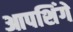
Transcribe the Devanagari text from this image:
आपशिंगे